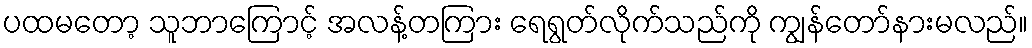
ပထမတော့ သူဘာကြောင့် အလန့်တကြား ရေရွတ်လိုက်သည်ကို ကျွန်တော်နားမလည်။